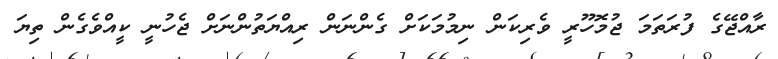
ރާއްޖޭގެ ފުރަތަމަ ޖުމޮހޫރީ ވެރިކަން ނިމުމަކަށް ގެންނަން ރިއްޔަތުންނަށް ޖެހުނީ ކީއްވެގެން ތިޔަ